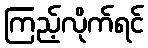
ကြည့်လိုက်ရင်